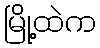
မြို့ထဲက